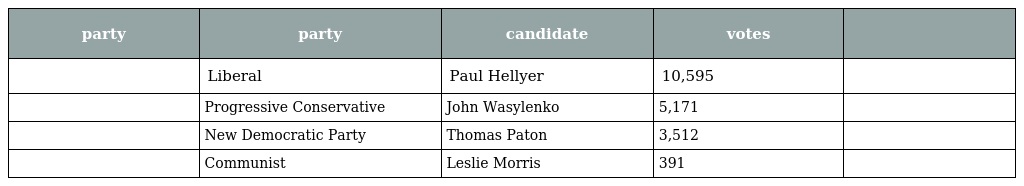
| party | party | candidate | votes |  |
 | --- | --- | --- | --- | --- |
 |  | Liberal | Paul Hellyer | 10,595 |  |
 |  | Progressive Conservative | John Wasylenko | 5,171 |  |
 |  | New Democratic Party | Thomas Paton | 3,512 |  |
 |  | Communist | Leslie Morris | 391 |  |